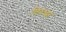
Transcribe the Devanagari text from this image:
विरुध्द्चा